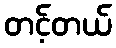
တင့်တယ်